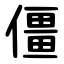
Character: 僵